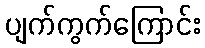
ပျက်ကွက်ကြောင်း